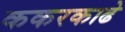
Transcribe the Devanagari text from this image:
ककरकाढे